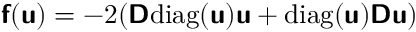
\mathbf { \boldsymbol { \mathsf { f } } } ( \mathbf { \boldsymbol { \mathsf { u } } } ) = - 2 ( \mathbf { \boldsymbol { \mathsf { D } } } \mathrm { d i a g } ( \mathbf { \boldsymbol { \mathsf { u } } } ) \mathbf { \boldsymbol { \mathsf { u } } } + \mathrm { d i a g } ( \mathbf { \boldsymbol { \mathsf { u } } } ) \mathbf { \boldsymbol { \mathsf { D } } } \mathbf { \boldsymbol { \mathsf { u } } } )